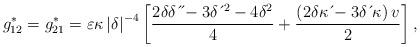
LaTeX: \begin{align*}g_{12}^{\ast}=g_{21}^{\ast}=\varepsilon \kappa \left \vert \delta \right \vert^{-4}\left[ \frac{2\delta \delta \,\acute{}\,\acute{}-3\delta \,\acute{}\,^{2}-4\delta^{2}}{4}+\frac{\left( 2\delta \kappa \,\acute{}-3\delta \,\acute{}\, \kappa \right) v}{2}\right] , \end{align*}